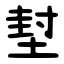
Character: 堼